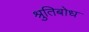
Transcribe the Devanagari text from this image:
श्रुतिबोध